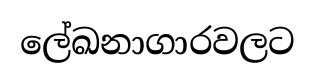
ලේඛනාගාරවලට